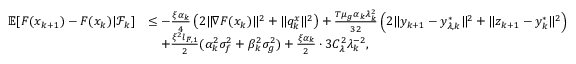
\begin{array} { r l } { \mathbb { E } [ F ( x _ { k + 1 } ) - F ( x _ { k } ) | \mathcal { F } _ { k } ] } & { \le - \frac { \xi \alpha _ { k } } { 4 } \left( 2 \| \nabla F ( x _ { k } ) \| ^ { 2 } + \| q _ { k } ^ { x } \| ^ { 2 } \right) + \frac { T \mu _ { g } \alpha _ { k } \lambda _ { k } ^ { 2 } } { 3 2 } \left( 2 \| y _ { k + 1 } - y _ { \lambda , k } ^ { * } \| ^ { 2 } + \| z _ { k + 1 } - y _ { k } ^ { * } \| ^ { 2 } \right) } \\ & { \quad + \frac { \xi ^ { 2 } l _ { F , 1 } } { 2 } ( \alpha _ { k } ^ { 2 } \sigma _ { f } ^ { 2 } + \beta _ { k } ^ { 2 } \sigma _ { g } ^ { 2 } ) + \frac { \xi \alpha _ { k } } { 2 } \cdot 3 C _ { \lambda } ^ { 2 } \lambda _ { k } ^ { - 2 } , } \end{array}